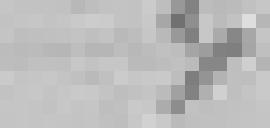
1875